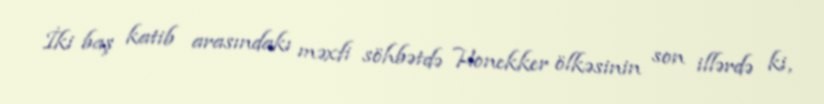
İki baş katib arasındakı məxfi söhbətdə Honekker ölkəsinin son illərdə ki,